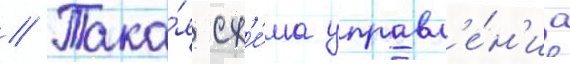
// Така́я сх'е́ма управл'е́н'иа